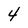
Character: 4